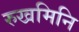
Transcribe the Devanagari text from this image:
रुखमिनि